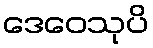
ဒေဝေသုပိ